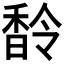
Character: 𩡁